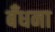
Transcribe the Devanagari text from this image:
बँधना